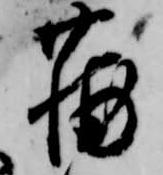
蒲